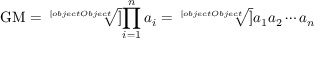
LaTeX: { \mathrm { G M } } = { \sqrt [ [object Object] ] { \prod _ { i = 1 } ^ { n } a _ { i } } } = { \sqrt [ [object Object] ] { a _ { 1 } a _ { 2 } \cdots a _ { n } } }